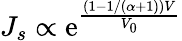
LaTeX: J_{s}\propto\mathrm{e}^{\frac{{(1-1/(\alpha+1))V}}{{V_{0}}}}